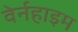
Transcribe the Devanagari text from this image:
वेर्नहाइम